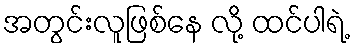
အတွင်းလူဖြစ်နေ လို့ ထင်ပါရဲ့